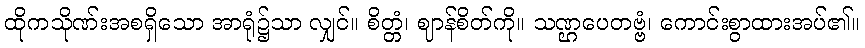
ထိုကသိုဏ်းအစရှိသော အာရုံ၌သာ လျှင်။ စိတ္တံ၊ ဈာန်စိတ်ကို။ သဏ္ဌပေတဗ္ဗံ၊ ကောင်းစွာထားအပ်၏။